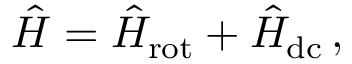
\hat { H } = \hat { H } _ { \mathrm { r o t } } + \hat { H } _ { \mathrm { d c } } \, ,